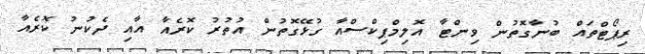
ރިޕޯޓްތައް ބުނާގޮތުން ވިންޓާ އޮލިމްޕިކްސްއާ ގުޅޭގޮތުން އުތުރު ކޮރެއާ އާއި ދެކުނު ކޮރެއާ